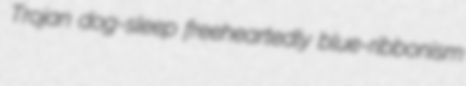
Trojan dog-sleep freeheartedly blue-ribbonism